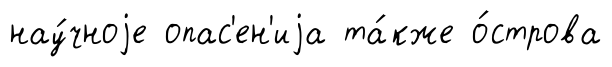
нау́чноjе опас'ен'иjа та́кже о́строва